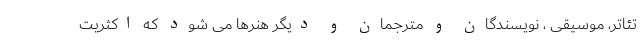
تئاتر، موسیقی ، نویسندگان و مترجمان و دیگر هنرها می شود که اکثریت